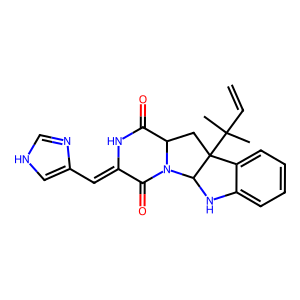
SMILES: C=CC(C)(C)C12CC3C(=O)NC(=Cc4c[nH]cn4)C(=O)N3C1Nc1ccccc12
Inhibits HIV replication: No